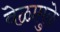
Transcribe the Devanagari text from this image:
वेळामुळे